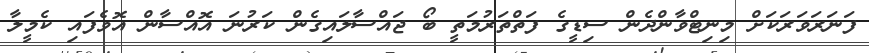
ފަނަރަވަރަކަށް މިނިޓްވާންދެން ސިޑީގެ ފަތްތަރުމަތީ ބޯ ޖައްސާލައިގެން ކަރުނަ އޮއްސާން އޮވެފައި ކެމީލާ